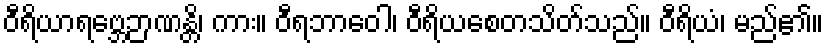
ဝီရိယာရဗ္ဘေဉာဏန္တိ၊ ကား။ ဝီရဘာဝေါ၊ ဝီရိယစေတသိတ်သည်။ ဝီရိယံ၊ မည်၏။